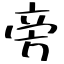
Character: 旁